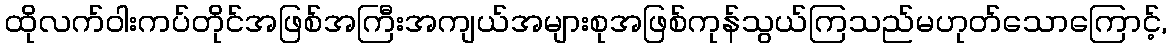
ထိုလက်ဝါးကပ်တိုင်အဖြစ်အကြီးအကျယ်အများစုအဖြစ်ကုန်သွယ်ကြသည်မဟုတ်သောကြောင့်,